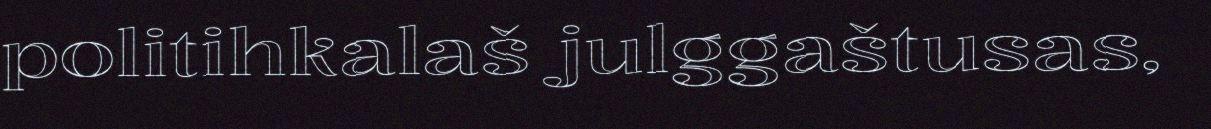
politihkalaš julggaštusas,